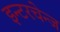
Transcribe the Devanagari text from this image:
इन्टरचेन्ज